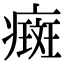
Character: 癍